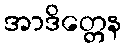
အာဒိတ္တေန